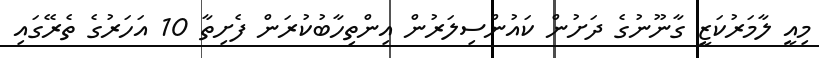
މިއީ ލާމަރުކަޒީ ގާނޫނުގެ ދަށުން ކައުންސިލަރުން އިންތިހާބުކުރަން ފެށިތާ 10 އަހަރުގެ ތެރޭގައި